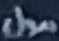
مول